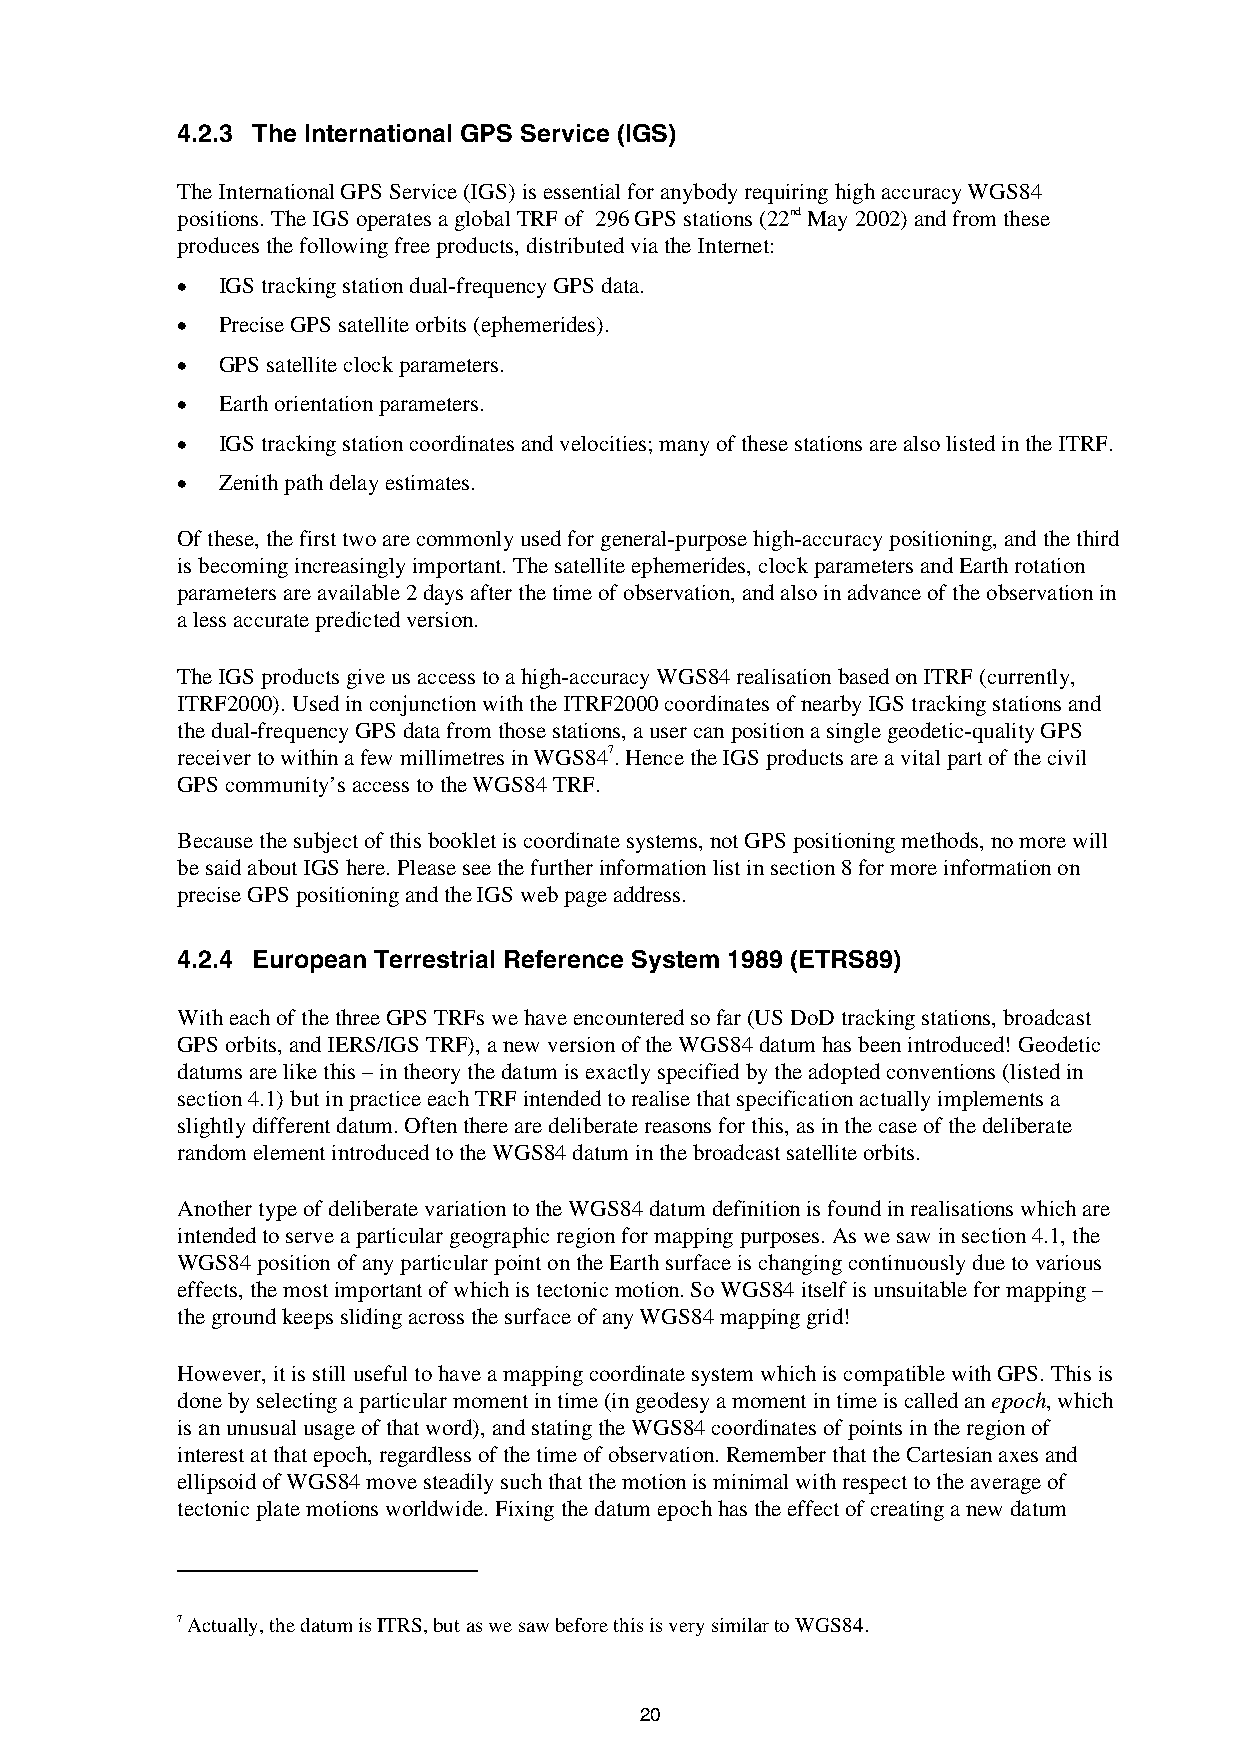
4.2.3 The International GPS Service (IGS)
 The International GPS Service (IGS) is essential for anybody requiring high accuracy WGS84
 positions. The IGS operates a global TRF of 296 GPS stations (22nd May 2002) and from these
 produces the following free products, distributed via the Internet:
 • IGS tracking station dual-frequency GPS data.
 • Precise GPS satellite orbits (ephemerides).
 • GPS satellite clock parameters.
 • Earth orientation parameters.
 • IGS tracking station coordinates and velocities; many of these stations are also listed in the ITRF.
 • Zenith path delay estimates.
 Of these, the first two are commonly used for general-purpose high-accuracy positioning, and the third
 is becoming increasingly important. The satellite ephemerides, clock parameters and Earth rotation
 parameters are available 2 days after the time of observation, and also in advance of the observation in
 a less accurate predicted version.
 The IGS products give us access to a high-accuracy WGS84 realisation based on ITRF (currently,
 ITRF2000). Used in conjunction with the ITRF2000 coordinates of nearby IGS tracking stations and
 the dual-frequency GPS data from those stations, a user can position a single geodetic-quality GPS
 receiver to within a few millimetres in WGS847. Hence the IGS products are a vital part of the civil
 GPS community’s access to the WGS84 TRF.
 Because the subject of this booklet is coordinate systems, not GPS positioning methods, no more will
 be said about IGS here. Please see the further information list in section 8 for more information on
 precise GPS positioning and the IGS web page address.
 4.2.4 European Terrestrial Reference System 1989 (ETRS89)
 With each of the three GPS TRFs we have encountered so far (US DoD tracking stations, broadcast
 GPS orbits, and IERS/IGS TRF), a new version of the WGS84 datum has been introduced! Geodetic
 datums are like this – in theory the datum is exactly specified by the adopted conventions (listed in
 section 4.1) but in practice each TRF intended to realise that specification actually implements a
 slightly different datum. Often there are deliberate reasons for this, as in the case of the deliberate
 random element introduced to the WGS84 datum in the broadcast satellite orbits.
 Another type of deliberate variation to the WGS84 datum definition is found in realisations which are
 intended to serve a particular geographic region for mapping purposes. As we saw in section 4.1, the
 WGS84 position of any particular point on the Earth surface is changing continuously due to various
 effects, the most important of which is tectonic motion. So WGS84 itself is unsuitable for mapping –
 the ground keeps sliding across the surface of any WGS84 mapping grid!
 However, it is still useful to have a mapping coordinate system which is compatible with GPS. This is
 done by selecting a particular moment in time (in geodesy a moment in time is called an epoch, which
 is an unusual usage of that word), and stating the WGS84 coordinates of points in the region of
 interest at that epoch, regardless of the time of observation. Remember that the Cartesian axes and
 ellipsoid of WGS84 move steadily such that the motion is minimal with respect to the average of
 tectonic plate motions worldwide. Fixing the datum epoch has the effect of creating a new datum
 7 Actually, the datum is ITRS, but as we saw before this is very similar to WGS84.
 20